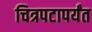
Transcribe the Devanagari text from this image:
चित्रपटापर्यंत